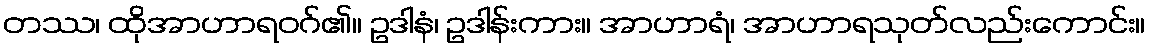
တဿ၊ ထိုအာဟာရဝဂ်၏။ ဥဒါနံ၊ ဥဒါန်းကား။ အာဟာရံ၊ အာဟာရသုတ်လည်းကောင်း။